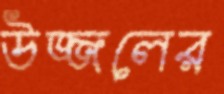
উজ্জলের